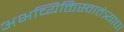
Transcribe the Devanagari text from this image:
अभव्यिक्तिस्वातंत्र्याचा